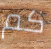
كم